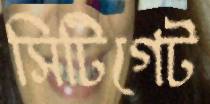
সিটিগেট